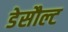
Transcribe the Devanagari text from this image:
डेसौल्ट